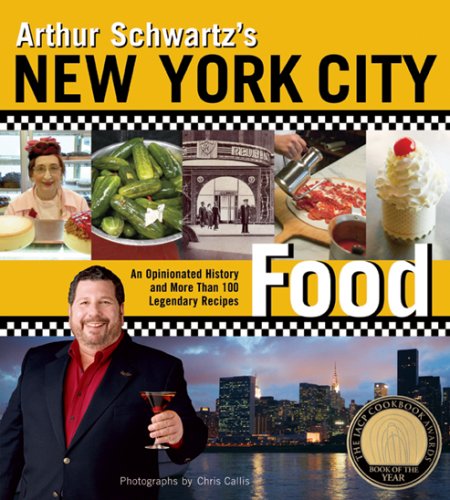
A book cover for Arthur Schwartz's New York City Food: An Opinionated History and More Than 100 Legendary Recipes; Arthur Schwartz; Cookbooks, Food & Wine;